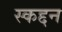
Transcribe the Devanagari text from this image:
स्कद्दन